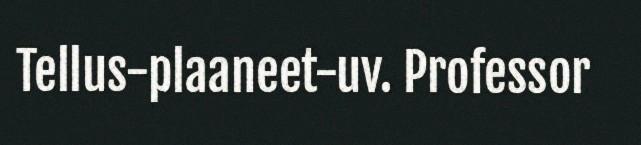
Tellus-plaaneet-uv. Professor